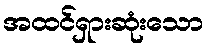
အထင်ရှားဆုံးသော